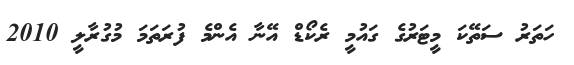
ހަތަރު ސަތޭކަ މީޓަރުގެ ގައުމީ ރެކޯޑް އޭނާ އެންމެ ފުރަތަމަ މުގުރާލީ 2010